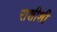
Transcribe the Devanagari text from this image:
राशीशी